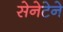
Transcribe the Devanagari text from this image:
सेनेटेने